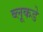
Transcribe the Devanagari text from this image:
ब्लूकडे